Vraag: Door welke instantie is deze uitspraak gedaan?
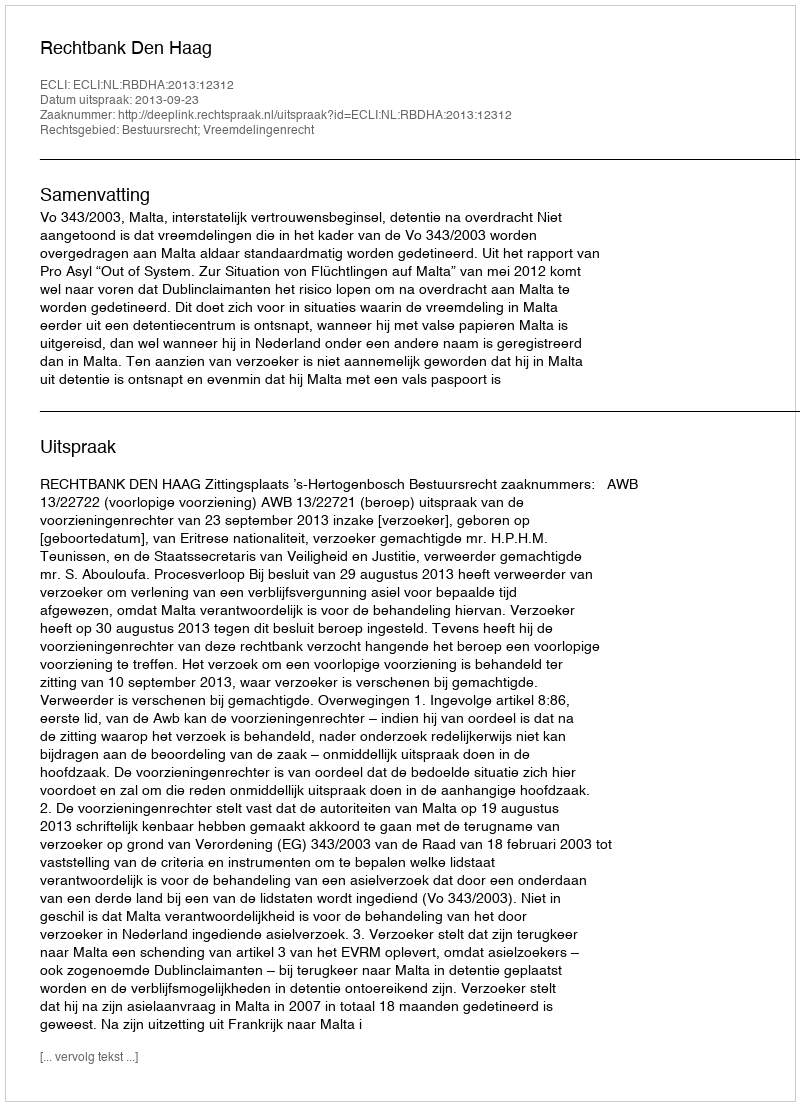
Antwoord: Rechtbank Den Haag